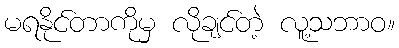
မရနိုင်တာကိုမှ လိုချင်တဲ့ လူ့သဘာဝ။